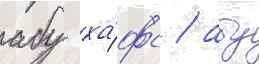
абу ха́фс / абу